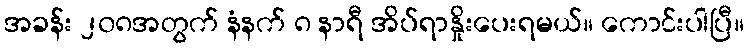
အခန်း ၂၀၈အတွက် နံနက် ၈ နာရီ အိပ်ရာနှိုးပေးရမယ်။ ကောင်းပါပြီ။